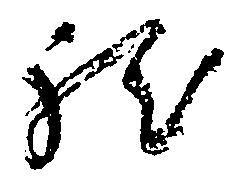
程